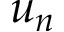
u _ { n }